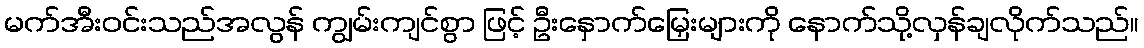
မက်အီးဝင်းသည်အလွန် ကျွမ်းကျင်စွာ ဖြင့် ဦးနှောက်မြှေးများကို နောက်သို့လှန်ချလိုက်သည်။